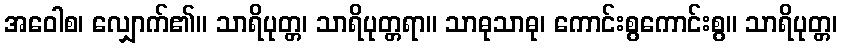
အဝေါစ၊ လျှောက်၏။ သာရိပုတ္တ၊ သာရိပုတ္တရာ။ သာဓုသာဓု၊ ကောင်းစွကောင်းစွ။ သာရိပုတ္တ၊